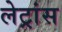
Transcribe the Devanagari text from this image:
लेट्रांस